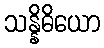
သန္နိဓိယော